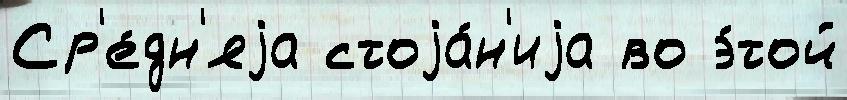
Ср'е́дн'яjа стоjа́н'иjа во э́той